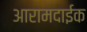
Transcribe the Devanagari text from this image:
आरामदाईक